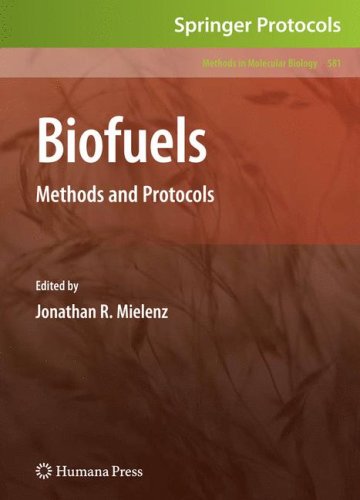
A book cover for Biofuels: Methods and Protocols (Methods in Molecular Biology); Medical Books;